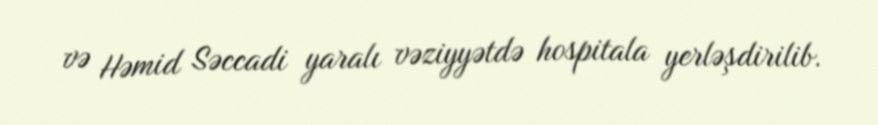
və Həmid Səccadi yaralı vəziyyətdə hospitala yerləşdirilib.